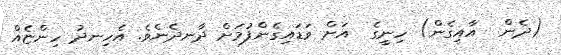
(ދެން  އާއިގެން) ހިނީގެ  އަށް ވަޑައިގެންފުމަށް ދާނދެނެވެ. އެހިނދު ހިންޏެއް